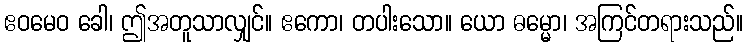
ဧဝမေဝ ခေါ၊ ဤအတူသာလျှင်။ ဧကော၊ တပါးသော။ ယော ဓမ္မော၊ အကြင်တရားသည်။